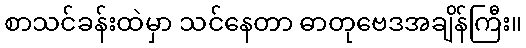
စာသင်ခန်းထဲမှာ သင်နေတာ ဓာတုဗေဒအချိန်ကြီး။